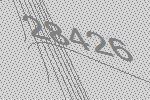
28426